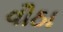
વૌઠા